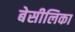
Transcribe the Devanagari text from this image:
बेसीलिका